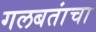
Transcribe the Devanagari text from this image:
गलबतांचा